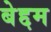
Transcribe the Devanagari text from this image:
बेद्दम